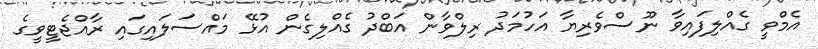
އެމްވީ ގެއްލިފައިވާ ނޫސްވެރިޔާ އަހުމަދު ރިލްވާން އަބްދު ގެއްލިގެން އުޅޭ މައްސަލައިގައި ރާއްޖެޓީވީގެ